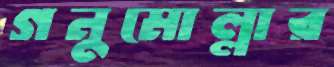
গনুমোল্লার